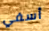
أسفي